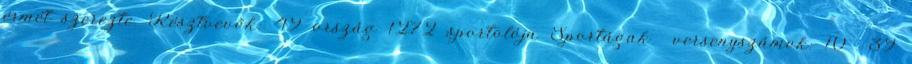
érmét szerezte. Résztvevők: 49 ország 1272 sportolója Sportágak versenyszámok: 10 39